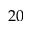
2 0